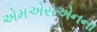
એમએસએનના